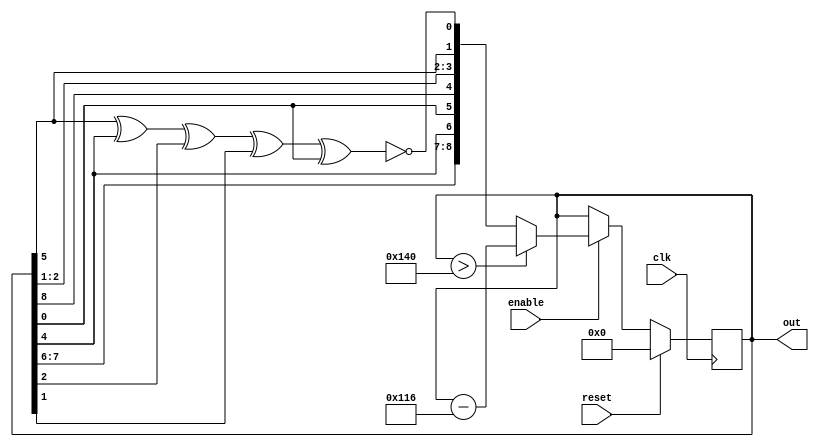

module lfsr3(
		out,  		// Output of the counter
		enable,  	// Enable  for counter
		clk,  		// clock input
		reset       // reset input
	);

	//----------Output Ports--------------
	output [8:0] out;
	//------------Input Ports--------------
	input enable, clk, reset;
	//------------Internal Variables--------
	reg [8:0] out;
	wire linear_feedback;

	//-------------Code Starts Here-------
	assign linear_feedback = !(out[5] ^ out[4] ^ out[2] ^ out[1] ^ out[0]);

	always@(posedge clk)
	begin 
		if (reset) 
		begin // active high reset
			out <= 9'b0 ;
		end 
		else if (enable) 
		begin
			out <= {out[7],
			out[6],out[4],
			out[0],out[8],
			out[2],out[1],
			out[5], linear_feedback};
			if (out > 9'd320)
			out <= out - 9'd278;
		end 
	end
	
endmodule